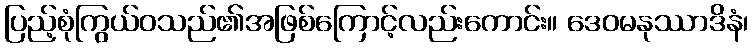
ပြည့်စုံကြွယ်ဝသည်၏အဖြစ်ကြောင့်လည်းကောင်း။ ဒေဝမနုဿာဒိနံ၊